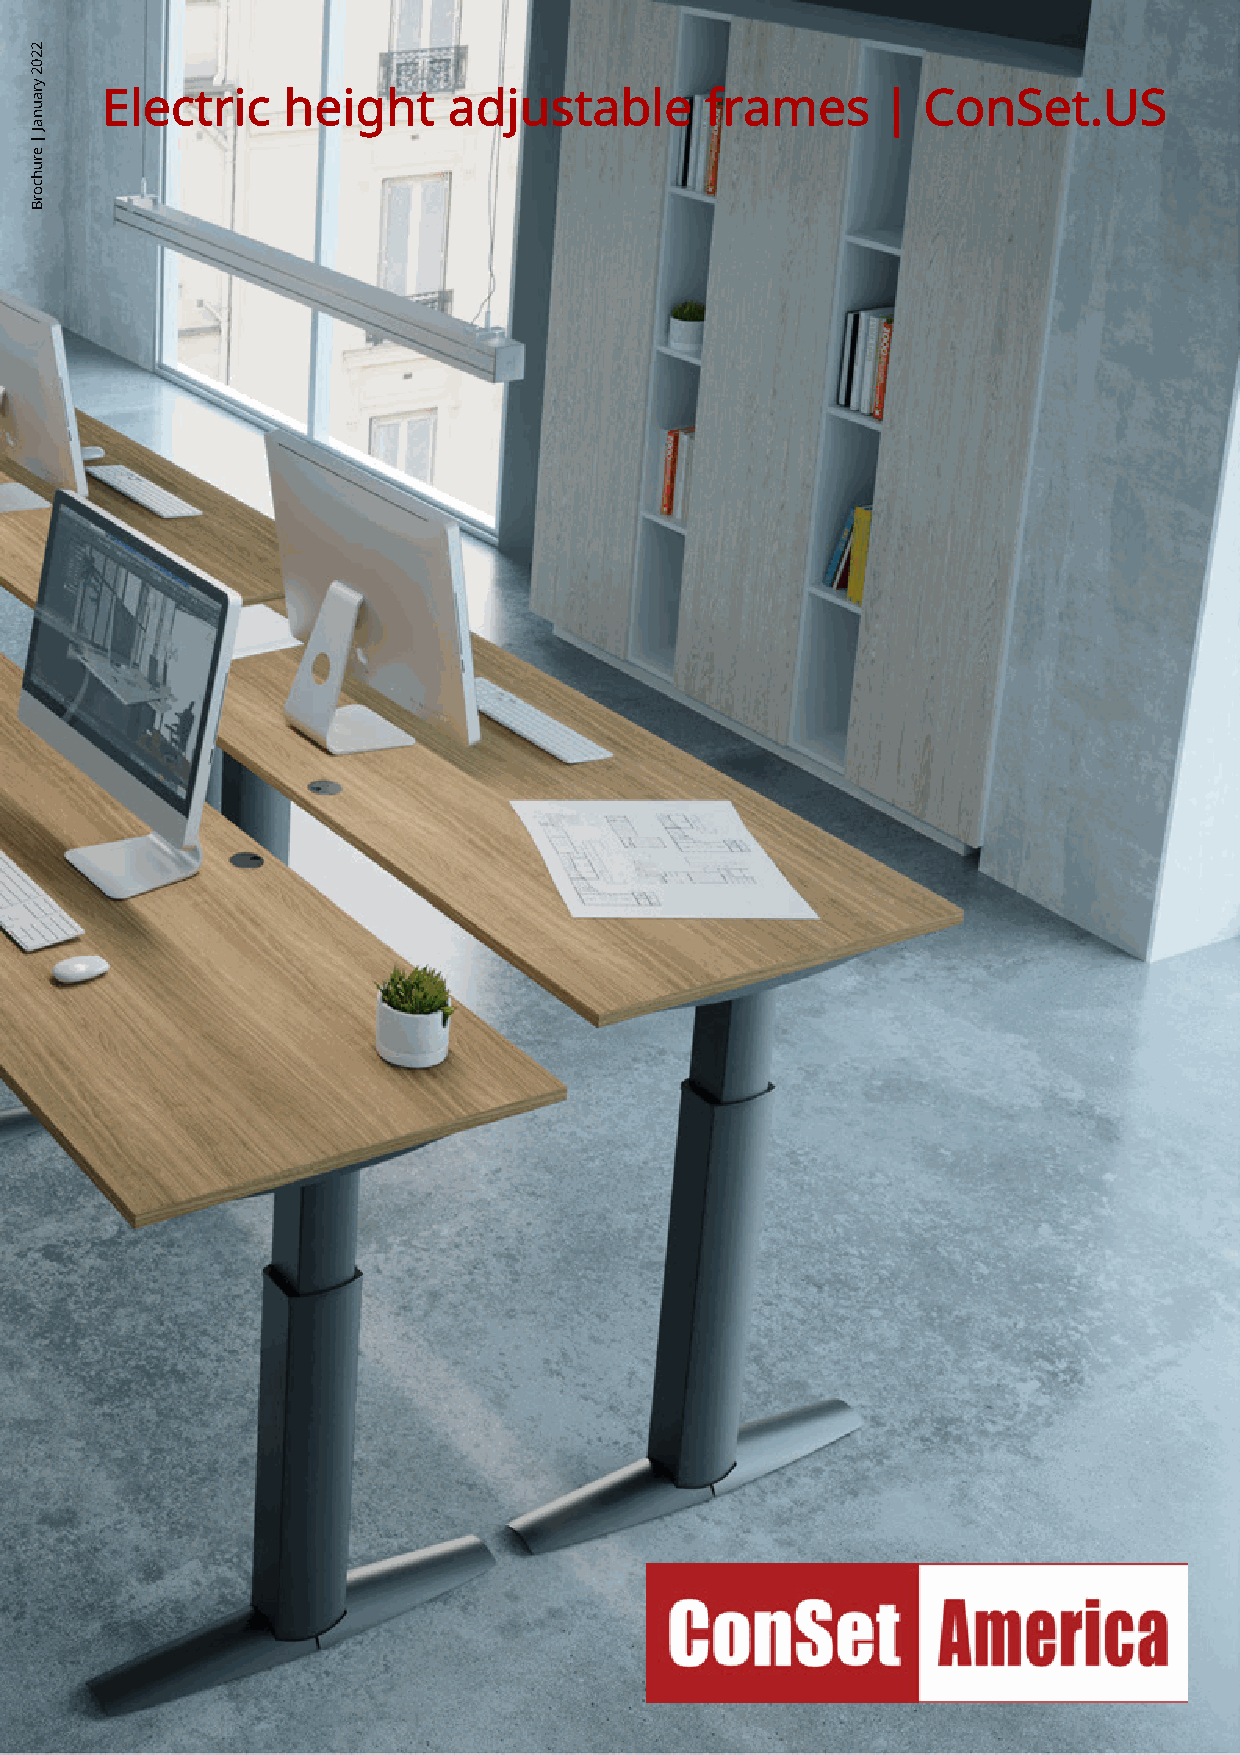
Electric    height     adjustable       frames     |  ConSet.US
 2202
 yraunaJ
 |
 eruhcorB